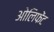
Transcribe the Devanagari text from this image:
ओलिफेंट